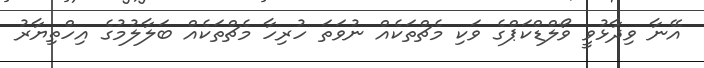
އޭނާ ވިދާޅުވީ ވޯލްޑްކަޕްގެ ވަކި މެޗްތަކެއް ނުވަތަ ހުރިހާ މެޗްތަކެއް ބަލާލުމުގެ އިހްތިޔާރު